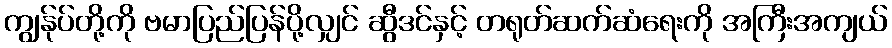
ကျွန်ုပ်တို့ကို ဗမာပြည်ပြန်ပို့လျှင် ဆွီဒင်နှင့် တရုတ်ဆက်ဆံရေးကို အကြီးအကျယ်